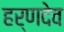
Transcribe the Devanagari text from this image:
हर्णदेव